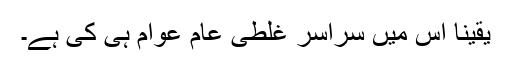
یقیناً اس میں سراسر غلطی عام عوام ہی کی ہے۔